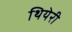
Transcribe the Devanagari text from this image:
थियेरी